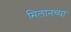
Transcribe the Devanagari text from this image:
मिलानच्या